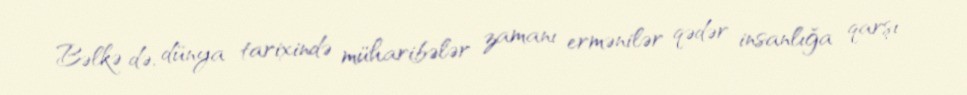
Bəlkə də, dünya tarixində müharibələr zamanı ermənilər qədər insanlığa qarşı